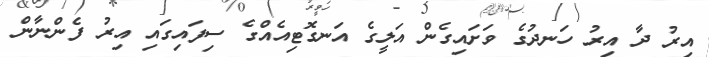
އިރު ދާ އިރު ހަނދުގެ ވަށައިގެން އަލީގެ އަނގޮޓިއެއްގެ ސިފައިގައި އިރު ފެންނާން